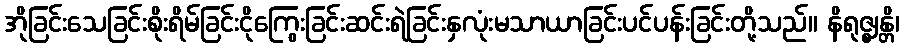
အိုခြင်းသေခြင်းစိုးရိမ်ခြင်းငိုကြွေးခြင်းဆင်းရဲခြင်းနှလုံးမသာယာခြင်းပင်ပန်းခြင်းတို့သည်။ နိရုဇ္ဈန္တိ၊